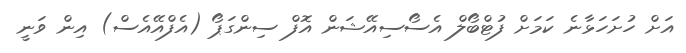
އަށް ހުށަހަޅާނެ ކަމަށް ފުޓްބޯލް އެސޯސިއޭޝަން އޮފް ސިންގަޕޯ (އެފްއޭއެސް) އިން ވަނީ